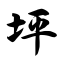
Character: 坪